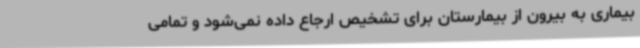
بیماری به بیرون از بیمارستان برای تشخیص ارجاع داده نمی‌شود و تمامی